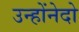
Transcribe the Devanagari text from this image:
उन्होंनेदो